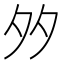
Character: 𡖇